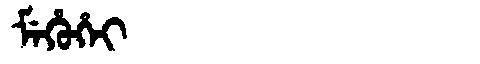
Manchu: ᠮᡝᡥᡠᡥᡝᡳ
Romanization: MEHUHEI